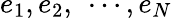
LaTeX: e_{1},e_{2},~\cdots,e_{N}